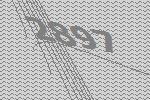
2897